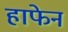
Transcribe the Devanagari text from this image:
हाफेन